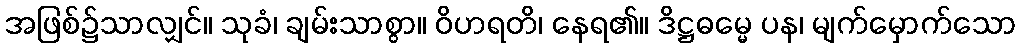
အဖြစ်၌သာလျှင်။ သုခံ၊ ချမ်းသာစွာ။ ဝိဟရတိ၊ နေရ၏။ ဒိဋ္ဌဓမ္မေ ပန၊ မျက်မှောက်သော